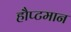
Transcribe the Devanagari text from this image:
हौप्टमान